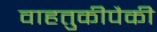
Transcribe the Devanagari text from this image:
वाहतुकीपैकी